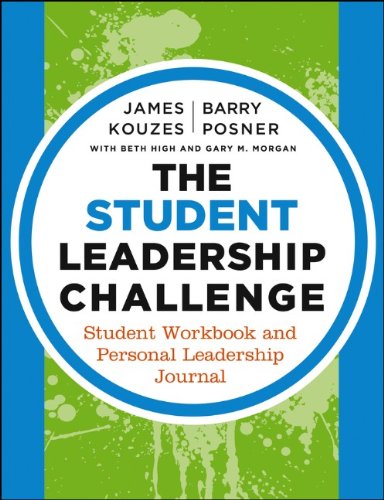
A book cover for The Student Leadership Challenge: Student Workbook and Personal Leadership Journal; James M. Kouzes; Education & Teaching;